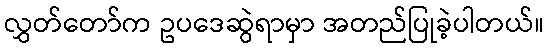
လွှတ်တော်က ဥပဒေဆွဲရာမှာ အတည်ပြုခဲ့ပါတယ်။